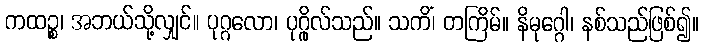
ကထဉ္စ၊ အဘယ်သို့လျှင်။ ပုဂ္ဂလော၊ ပုဂ္ဂိုလ်သည်။ သကိံ၊ တကြိမ်။ နိမုဂ္ဂေါ၊ နစ်သည်ဖြစ်၍။